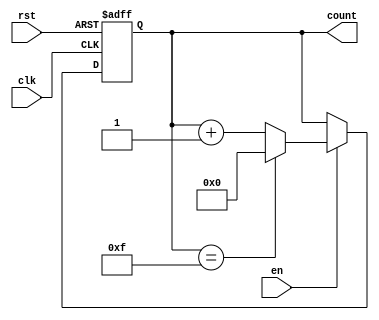
module BinaryCounter #(
    parameter N = 4  // Parameter for bit-width of the counter (e.g., N=4 for 4-bit counter)
)(
    input wire clk,   // Clock input
    input wire rst,   // Asynchronous reset
    input wire en,    // Enable input
    output reg [N-1:0] count // Current count output
);

// Always block for synchronous logic
always @(posedge clk or posedge rst) begin
    if (rst) begin
        count <= 0; // Reset the counter to zero
    end else if (en) begin
        if (count == (2**N - 1)) begin
            count <= 0; // Wrap around to 0 on overflow
        end else begin
            count <= count + 1; // Increment the counter
        end
    end
end

endmodule